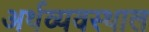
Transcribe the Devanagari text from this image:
अर्थव्यवस्थाल